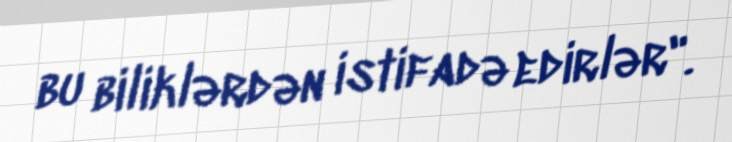
bu biliklərdən istifadə edirlər".